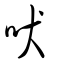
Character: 吠